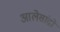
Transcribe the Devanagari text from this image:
आलेसांद्रो